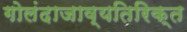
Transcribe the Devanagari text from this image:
गोलंदाजाव्यतिरिक्त